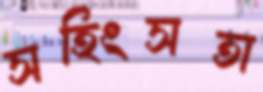
সহিংসতা